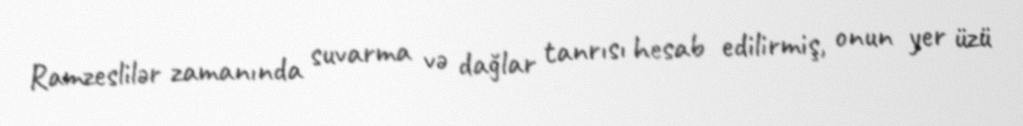
Ramzeslilər zamanında suvarma və dağlar tanrısı hesab edilirmiş, onun yer üzü